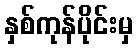
နှစ်ကုန်ပိုင်းမှ